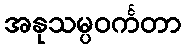
အနုသမ္ပဝင်္ကတာ